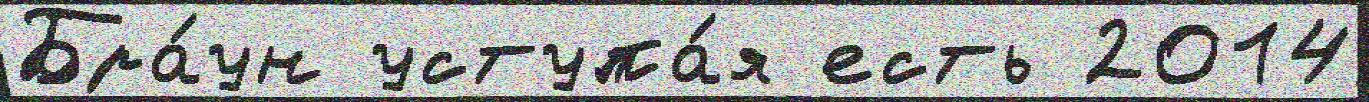
Бра́ун уступа́я есть 2014